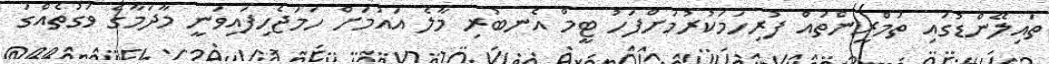
ތައިލޭންޑުގައި ތަމްރީންތައް ފުރިހަމަކުރުމަށްފަހު ޓީމް އެނބުރި މާލެ އައުމަށް ހަމަޖެހިފައިވަނީ މާދަމާގެ ވަގުތެއްގަ